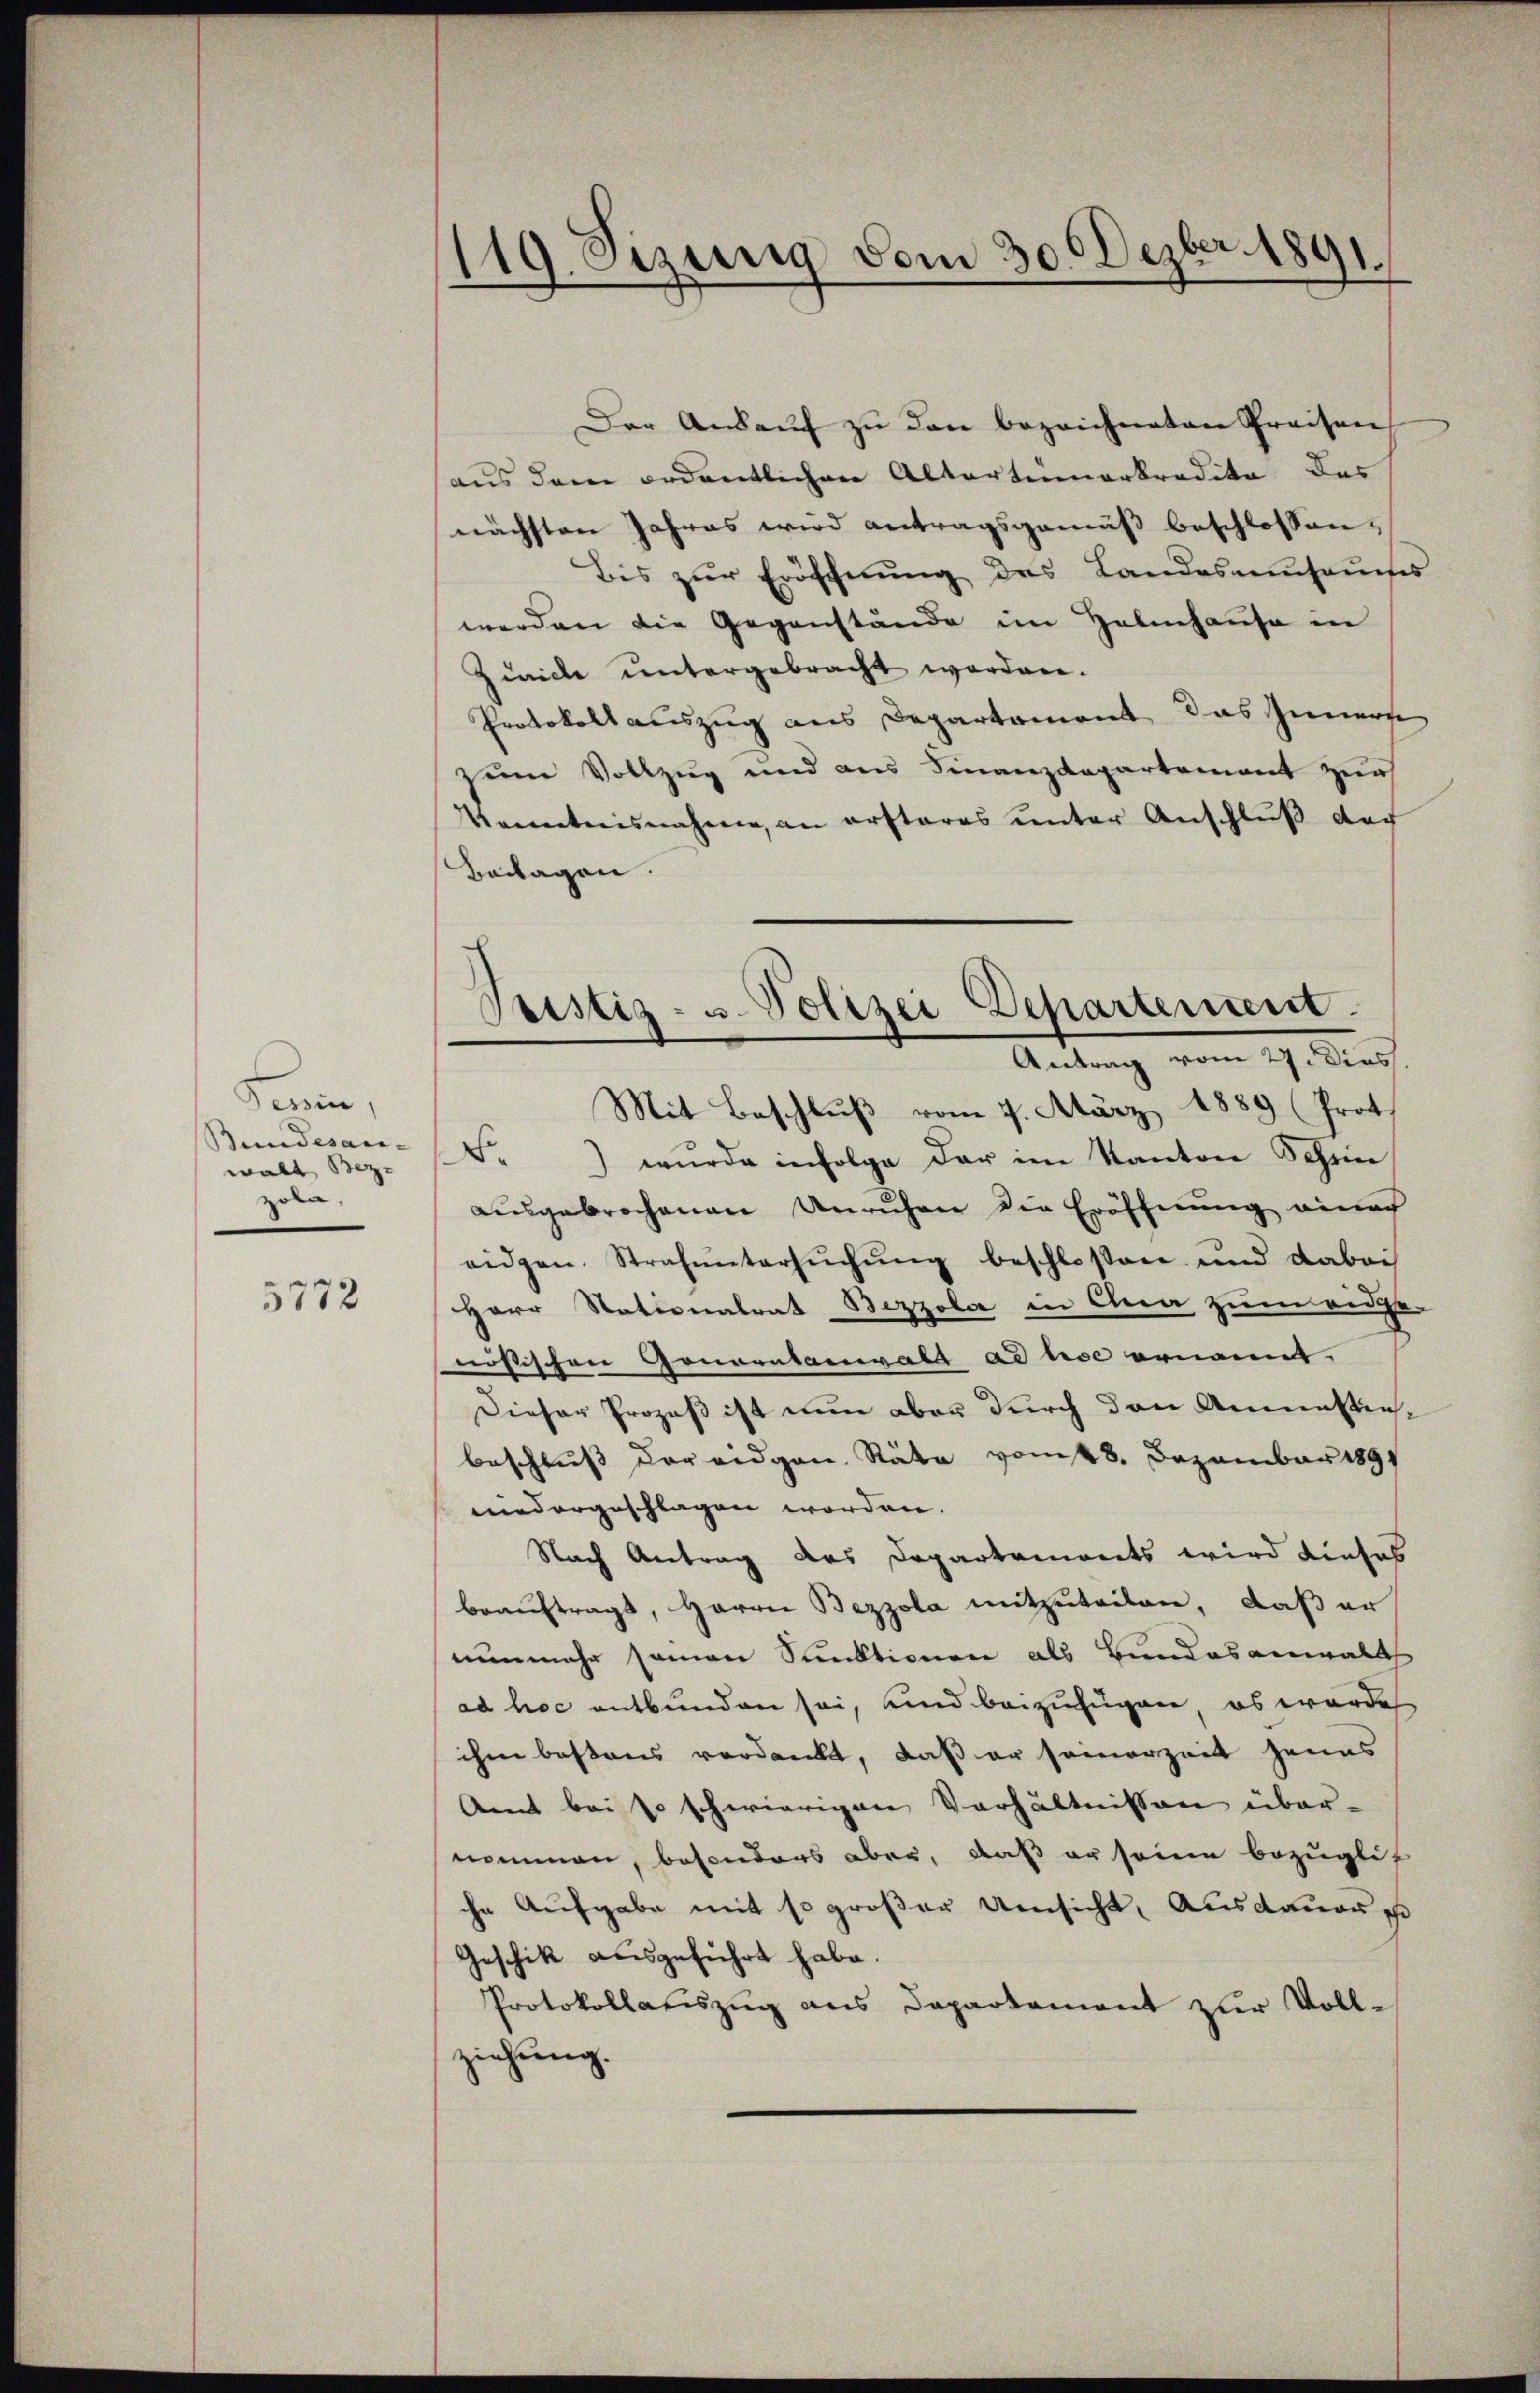
Korin
Bundesan-
walt Bez.
zola,

5772

119. Sizung vom 30. Dezbr. 1891.

Der Ankauf zu den bezeichneten Preisen
aus dem ordentlichen Altartunarkredite des
nächsten Jahres wird antragsgemäß beschlossen,
bis zur Eröffnung des Landesaumsauches
werden die Gegenstände im Habenhause in
Ziville untergebracht worden.
Protokoll auszug aus Departement das Innern
zum Vollzug und aus Finanzdepartement zur
Kenntnisnahme, an erstares unter Anschluß der
Beilagen.
F.) wurde infolge der im Kanton Schrie
ausgebrochenen Unruhen die Eröffnung einach
eidgen. Strafuntersŭchŭng beschlossen und dabei
Herr Stationalrat Bezzola in Clna zum verge
nösischen Gonarntariale ad use ernannt.
Dieser Prozeß ist nun aber durch den Anmassenbeschluss der eidgen. Räte vom 28. Dezember 1891
niedergeschlagen worden.
Nach Antrag das Departemonts wird dieses
beauftrags, Herrn Bezzola mitzuteilen, daß er
nunmehr seien Sunktionen als Bundesanwalth
ad hoc entbunden sei, und beizufügen, es werde
ihm bestens verdankt, daß er seinerzeit jenes
Amt bei so schwierigen Verhältnissen über-
nommen, besonders aber, daß er seine bezüglich
che Aufgabe mit so großer Umsicht, Ausdauer so
Geschik ausgeführt habe.
Protokollatiszug aus Departement zur Vollziehung.

Teistiz- u. Polizei Departement.
Antrag vom 27. Dies
Mit Beschluß vom 7. März 1889 (Prot